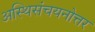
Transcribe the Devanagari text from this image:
अस्थिसंचयनोत्तर